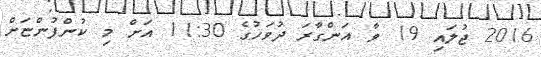
2016 ޖުލައި 19 ވާ އަންގާރަ ދުވަހުގެ 11:30 އަށް މި ކުންފުންޏަށް